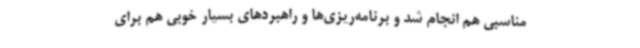
مناسبی هم انجام شد و برنامه‌ریزی‌ها و راهبردهای بسیار خوبی هم برای